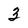
Character: 3